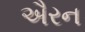
ઐરન